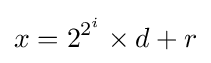
x=2^{2^{i}}\times d+r